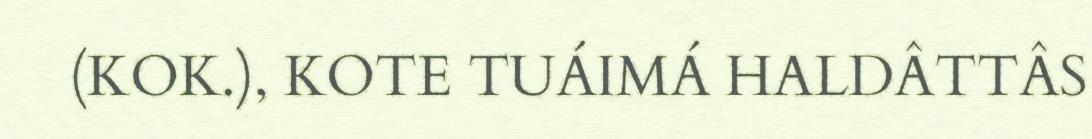
(KOK.), KOTE TUÁIMÁ HALDÂTTÂS